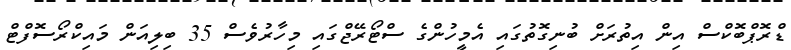
ޑްރޮޕްބޮކްސް އިން އިތުރަށް ބުނިގޮތުގައި އެމީހުންގެ ސްޓޯރޭޖްގައި މިހާރުވެސް 35 ބިލިއަން މައިކްރޯސޮފްޓް